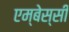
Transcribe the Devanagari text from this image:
एम्बेस्सी